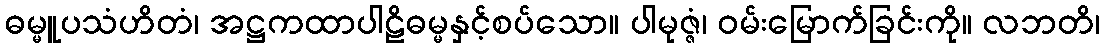
ဓမ္မူပသံဟိတံ၊ အဋ္ဌကထာပါဠိဓမ္မနှင့်စပ်သော။ ပါမုဇ္ဇံ၊ ဝမ်းမြောက်ခြင်းကို။ လဘတိ၊